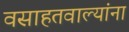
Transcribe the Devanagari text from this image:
वसाहतवाल्यांना